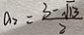
a _ { 2 } = \frac { 3 - \sqrt { 1 3 } } { 2 }